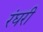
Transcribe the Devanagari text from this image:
रंघरी